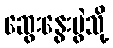
ဆွေးနွေးပွဲသို့